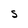
Character: S